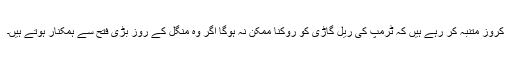
کروز متنبہ کر رہے ہیں کہ ٹرمپ کی ریل گاڑی کو روکنا ممکن نہ ہوگا اگر وہ منگل کے روز بڑی فتح سے ہمکنار ہوتے ہیں۔